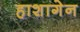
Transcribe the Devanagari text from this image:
हाशागेन